Civil Veterinary Department. United Provinces 1923-31 - 1923-1931
Year: 1923
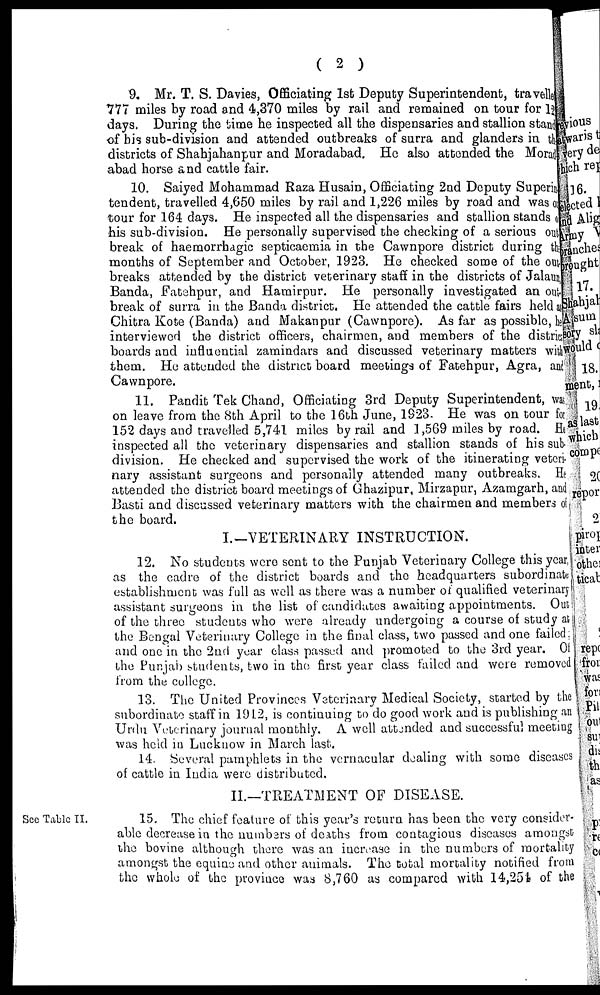
( 2 )
9. Mr. T. S. Davies, Officiating 1st Deputy Superintendent, travelles
777 miles by road and 4,370 miles by rail and remained on tour for 12
days. During the time he inspected all the dispensaries and stallion stand
of bis sub-division and attended outbreaks of surra and glanders in the
districts of Shahjahanpur and Moradabad. He also attended the Morad
abad horse and cattle fair,
10. Saiyed Mohammad Raza Husain, Officiating 2nd Deputy Superin
tendent, travelled 4,650 miles by rail and 1,226 miles by road and was on
tour for 164 days. He inspected all the dispensaries and stallion stands
his sub-division. He personally supervised the checking of a serious out
break of haemorrhagic septicaemia in the Cawnpore district during the
months of September and October, 1923. He checked some of the out
breaks attended by the district veterinary staff in the districts of Jalaun,
Banda, Fatehpur, and Hamirpur. He personally investigated an out.
break of surra in the Banda district. He attended the cattle fairs held as
Chitra Kote (Banda) and Makanpur (Cawnpore). As far as possible, he
interviewed the district officers, chairmen, and members of the district
boards and influential zamindars and discussed veterinary matters with
them. He attended the district board meetings of Fatehpur, Agra, and
Cawnpore.
11. Pandit Tek Chand, Officiating 3rd Deputy Superintendent, was
on leave from the 8th April to the 16th June, 1923. He was on tour for
152 days and travelled 5,741 miles by rail and 1,569 miles by road. He
inspected all the veterinary dispensaries and stallion stands of his sub
division. He checked and supervised the work of the itinerating veteri
nary assistant surgeons and personally attended many outbreaks. He
attended the district board meetings of Ghazipur, Mirzapur, Azamgarh, and
Basti and discussed veterinary matters with the chairmen and members on
the board.
I.—VETERINARY INSTRUCTION.
12. No students were sent to the Punjab Veterinary College this year,
as the cadre of the district boards and the headquarters subordinate
establishment was full as well as there was a number of qualified veterinary
assistant surgeons in the list of candidates awaiting appointments. Out
of the three students who were already undergoing a course of study at
the Bengal Veterinary College in the final class, two passed and one failed;
and one in the 2nd year class passed and promoted to the 3rd year. of
the Punjab students, two in the first year class failed and were removed
from the college,
13. The United Provinces Veterinary Medical Society, started by the
subordinate staff in 1912, is continuing to do good work and is publishing an
Urdu Veterinary journal monthly. A well attended and successful meeting
was held in Lucknow in March last.
14. Several pamphlets in the vernacular dealing with some diseases
of cattle in India were distributed.
II.—TREATMENT OF DISEASE.
See Table II.
15. The chief feature of this year's return has been the very consider-
able decrease in the numbers of deaths from contagious diseases amongst
the bovine although there was an increase in the numbers of mortality
amongst the equine and other animals. The total mortality notified from
the whole of the province was 8,760 as compared with 14,254 of the